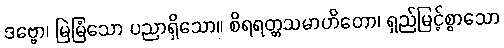
ဒဗ္ဗော၊ မြဲမြံသော ပညာရှိသော။ စိရရတ္တသမာဟိတော၊ ရှည်မြင့်စွာသော